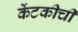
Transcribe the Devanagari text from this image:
केंटकीची